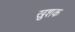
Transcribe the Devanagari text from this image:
ख़ुशक